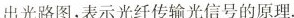
出光路图，表示光纤传输光信号的原理。